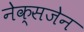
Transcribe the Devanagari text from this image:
नेक्सजेन